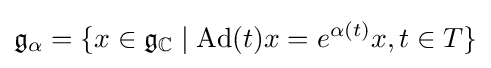
{\mathfrak {g}}_{\alpha }=\{x\in {\mathfrak {g}}_{\mathbb {C} }\mid \operatorname {Ad} (t)x=e^{\alpha (t)}x,t\in T\}